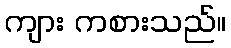
ကျား ကစားသည်။